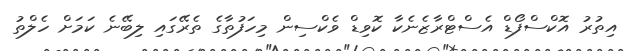
އިތުރު އޮކްސްފޯޑް އެސްޓްރާޒެނެކާ ކޮވިޑް ވެކްސިން މިހަފުތާގެ ތެރޭގައި ލިބޭނެ ކަމަށް ހެލްތު